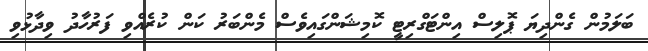
ބަލަމުން ގެންދިޔަ ޕޮލިސް އިންޓަގްރިޓީ ކޮމިޝަންގައިވެސް މެންބަރު ކަން ކުރެއްވި ފަރުހާދު ވިދާޅުވި